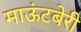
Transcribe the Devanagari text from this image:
माऊंटबेरी